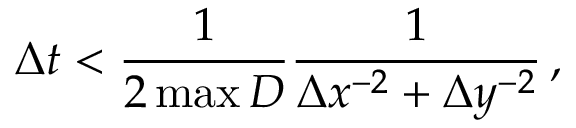
{ } \Delta t < \frac { 1 } { 2 \operatorname* { m a x } D } \frac { 1 } { \Delta x ^ { - 2 } + \Delta y ^ { - 2 } } \, ,